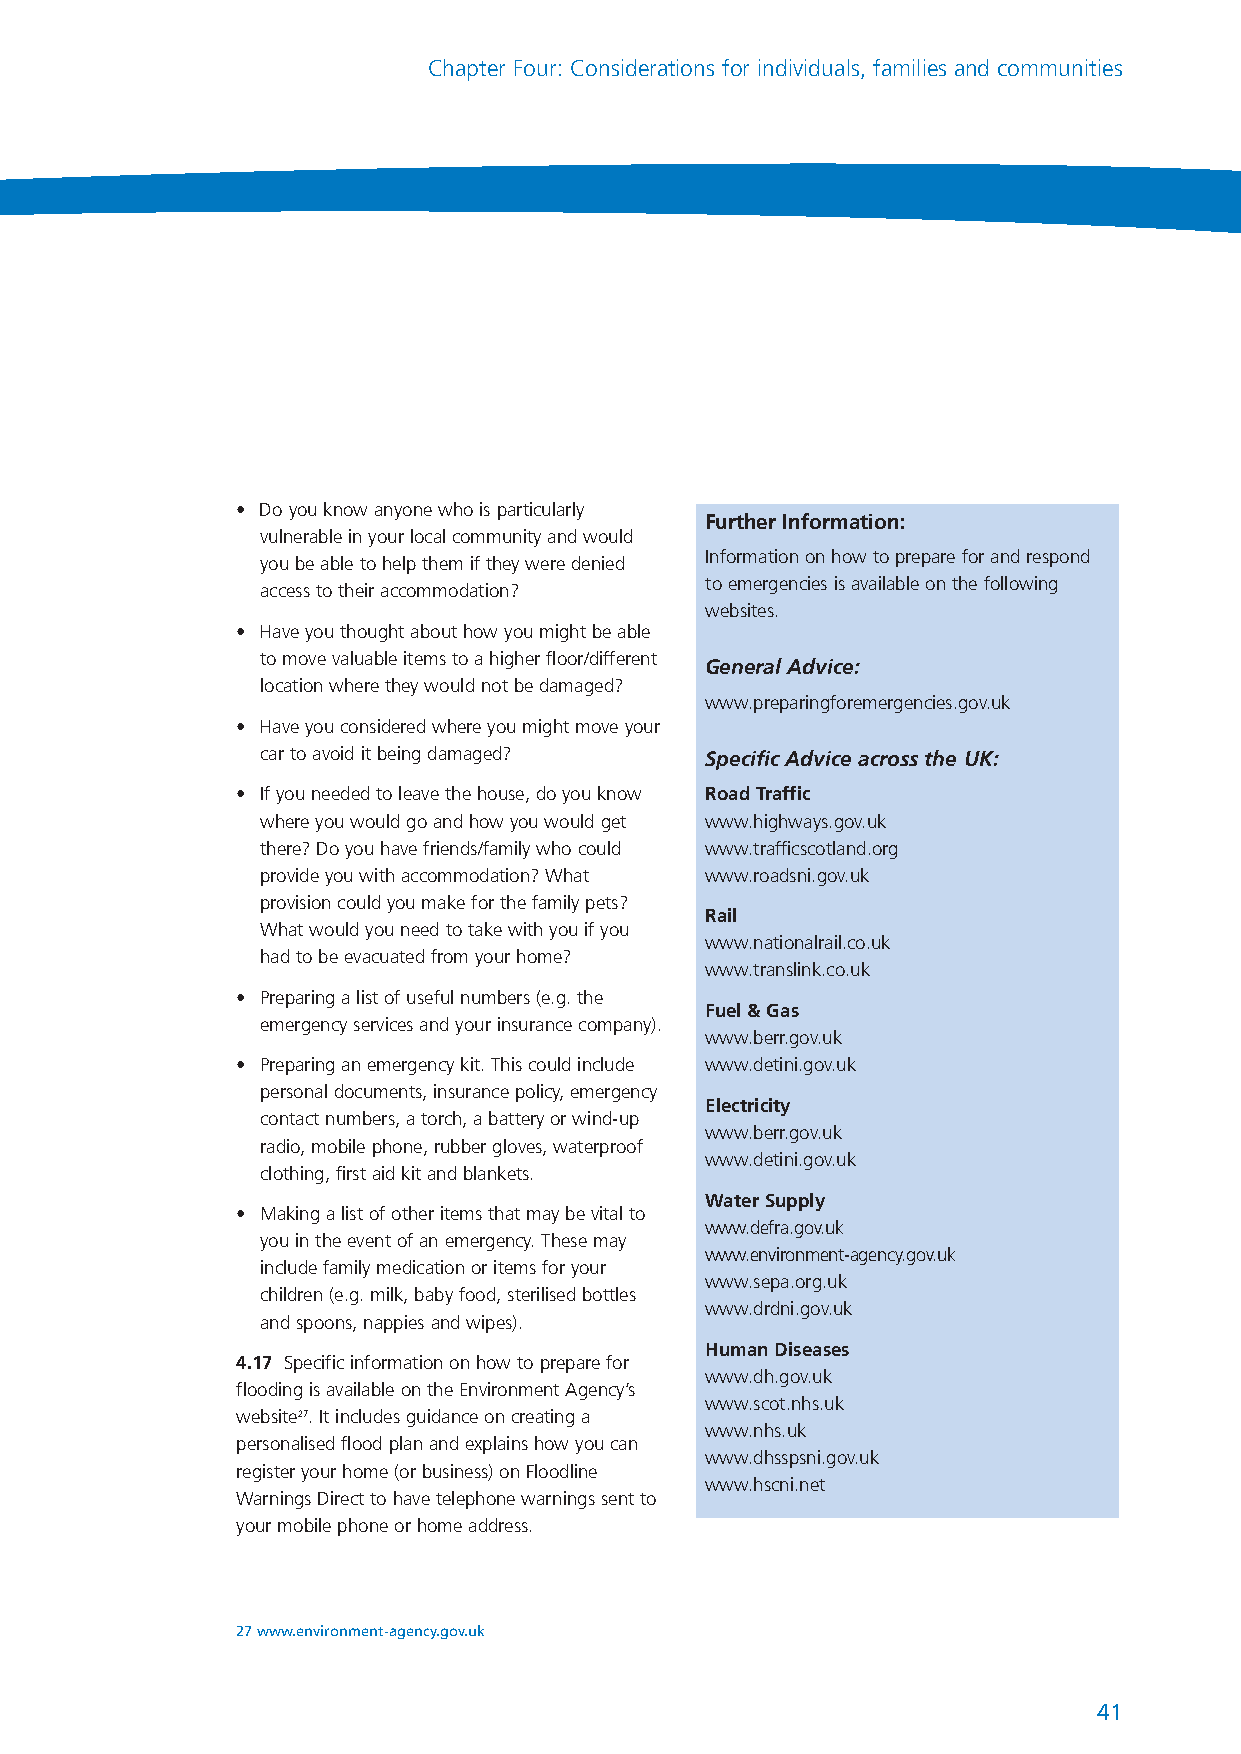
NationalRiskRegister_289116 17/7/08 2:22 pm Page 41
 Chapter Four: Considerations for individuals, families and communities
 • Do you know anyone who is particularly
 Further Information:
 vulnerable in your local community and would
 Information on how to prepare for and respond
 you be able to help them if they were denied
 to emergencies is available on the following
 access to their accommodation?
 websites.
 • Have you thought about how you might be able
 to move valuable items to a higher floor/different
 General Advice:
 location where they would not be damaged?
 www.preparingforemergencies.gov.uk
 • Have you considered where you might move your
 car to avoid it being damaged? Specific Advice across the UK:
 • If you needed to leave the house, do you know Road Traffic
 where you would go and how you would get www.highways.gov.uk
 there? Do you have friends/family who could www.trafficscotland.org
 provide you with accommodation? What www.roadsni.gov.uk
 provision could you make for the family pets?
 Rail
 What would you need to take with you if you
 www.nationalrail.co.uk
 had to be evacuated from your home?
 www.translink.co.uk
 • Preparing a list of useful numbers (e.g. the
 Fuel & Gas
 emergency services and your insurance company).
 www.berr.gov.uk
 • Preparing an emergency kit. This could include www.detini.gov.uk
 personal documents, insurance policy, emergency
 Electricity
 contact numbers, a torch, a battery or wind-up
 www.berr.gov.uk
 radio, mobile phone, rubber gloves, waterproof
 www.detini.gov.uk
 clothing, first aid kit and blankets.
 Water Supply
 • Making a list of other items that may be vital to
 www.defra.gov.uk
 you in the event of an emergency. These may
 www.environment-agency.gov.uk
 include family medication or items for your
 www.sepa.org.uk
 children (e.g. milk, baby food, sterilised bottles
 www.drdni.gov.uk
 and spoons, nappies and wipes).
 Human Diseases
 4.17 Specific information on how to prepare for
 www.dh.gov.uk
 flooding is available on the Environment Agency’s
 www.scot.nhs.uk
 website27. It includes guidance on creating a
 www.nhs.uk
 personalised flood plan and explains how you can
 www.dhsspsni.gov.uk
 register your home (or business) on Floodline
 www.hscni.net
 Warnings Direct to have telephone warnings sent to
 your mobile phone or home address.
 27 www.environment-agency.gov.uk
 41